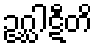
ဥဂ္ဃါဋီတိ